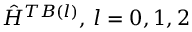
\hat { H } ^ { T B ( l ) } , \, l = 0 , 1 , 2